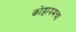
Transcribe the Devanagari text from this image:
कोट्टायमचा